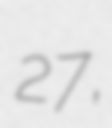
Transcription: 27,